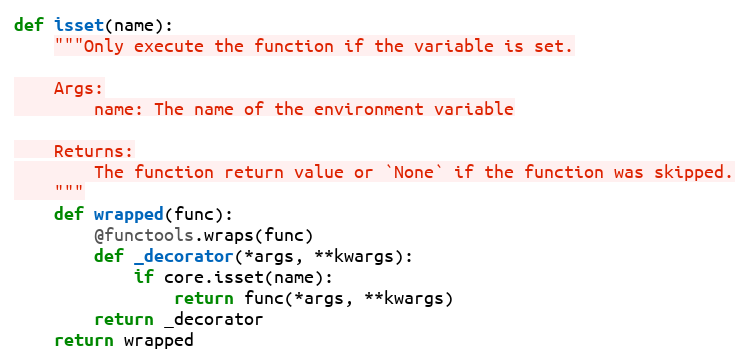
Language: Python
def isset(name):
    """Only execute the function if the variable is set.

    Args:
        name: The name of the environment variable

    Returns:
        The function return value or `None` if the function was skipped.
    """
    def wrapped(func):
        @functools.wraps(func)
        def _decorator(*args, **kwargs):
            if core.isset(name):
                return func(*args, **kwargs)
        return _decorator
    return wrapped